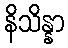
နိသိန္နာ